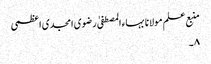
منبع علم مولانا بہاء المصطفیٰ رضوی امجدی اعظمی
۸۔